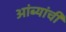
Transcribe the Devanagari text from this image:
आंब्यांची